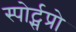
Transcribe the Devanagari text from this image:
स्पोर्ट्सप्रो